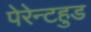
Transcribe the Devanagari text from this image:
पेरेन्टहुड